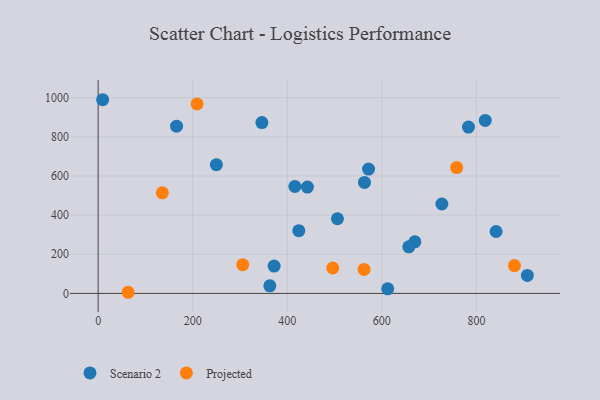
{"axis": {"x": "Experience", "y": "Demand"}, "legend": ["Projected", "Scenario 2"], "data": [{"x": "841.6", "y": 316.4, "type": "Scenario 2"}, {"x": "442.6", "y": 543.5, "type": "Scenario 2"}, {"x": "669.8", "y": 263.7, "type": "Scenario 2"}, {"x": "506.1", "y": 381.5, "type": "Scenario 2"}, {"x": "727.0", "y": 456.7, "type": "Scenario 2"}, {"x": "250.1", "y": 657.8, "type": "Scenario 2"}, {"x": "346.3", "y": 873.0, "type": "Scenario 2"}, {"x": "416.1", "y": 546.8, "type": "Scenario 2"}, {"x": "612.4", "y": 23.4, "type": "Scenario 2"}, {"x": "571.9", "y": 635.1, "type": "Scenario 2"}, {"x": "907.8", "y": 91.8, "type": "Scenario 2"}, {"x": "424.4", "y": 320.7, "type": "Scenario 2"}, {"x": "783.2", "y": 850.0, "type": "Scenario 2"}, {"x": "9.5", "y": 989.5, "type": "Scenario 2"}, {"x": "165.9", "y": 854.2, "type": "Scenario 2"}, {"x": "372.2", "y": 139.9, "type": "Scenario 2"}, {"x": "657.0", "y": 238.1, "type": "Scenario 2"}, {"x": "818.7", "y": 883.8, "type": "Scenario 2"}, {"x": "363.1", "y": 38.6, "type": "Scenario 2"}, {"x": "563.3", "y": 566.9, "type": "Scenario 2"}, {"x": "209.3", "y": 968.2, "type": "Projected"}, {"x": "496.2", "y": 129.7, "type": "Projected"}, {"x": "305.8", "y": 146.8, "type": "Projected"}, {"x": "880.5", "y": 142.0, "type": "Projected"}, {"x": "63.5", "y": 5.8, "type": "Projected"}, {"x": "758.4", "y": 642.9, "type": "Projected"}, {"x": "135.8", "y": 513.9, "type": "Projected"}, {"x": "562.5", "y": 122.6, "type": "Projected"}]}